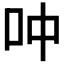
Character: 𫩘